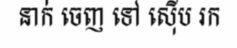
នាក់ ចេញ ទៅ ស៊ើប រក